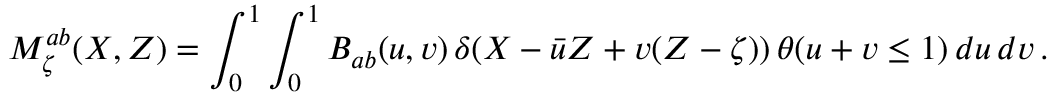
M _ { \zeta } ^ { a b } ( X , Z ) = \int _ { 0 } ^ { 1 } \int _ { 0 } ^ { 1 } B _ { a b } ( u , v ) \, \delta ( X - \bar { u } Z + v ( Z - \zeta ) ) \, \theta ( u + v \leq 1 ) \, d u \, d v \, .